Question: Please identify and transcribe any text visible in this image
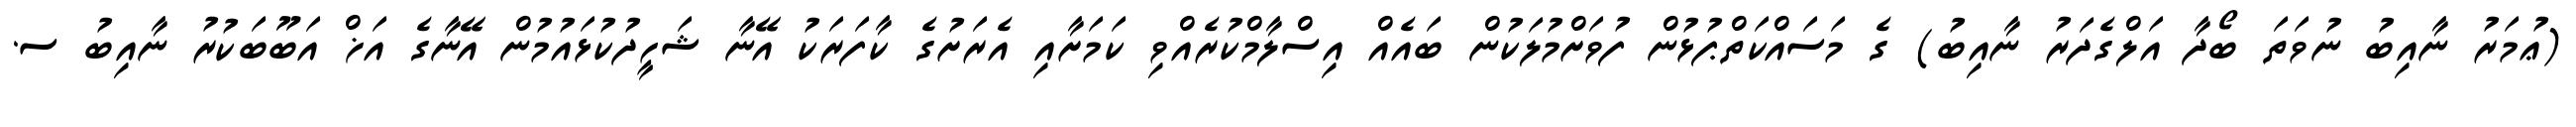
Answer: (ޢުމަރު ނާއިބު ނުވަތަ ބޯދާ އަލްގެދަރު ނާއިބު) ގެ މަސައްކަތްޕުޅުން ފުވަށްމުލަކުން ބައެއް އިސްލާމްކުރެއްވި ކަމަށާއި އެރަށުގެ ކާފަރަކު އޭނާ ޝަހީދުކުޅައުމުން އޭނާގެ އަޚް އަބޫބަކުރު ނާއިބު ސ.